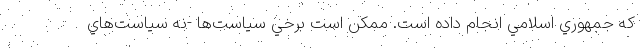
كه جمهوري اسلامي انجام داده است. ممكن است برخي سياست‌ها -‌نه سياست‌هاي